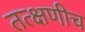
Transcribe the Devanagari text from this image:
तत्क्षणीच